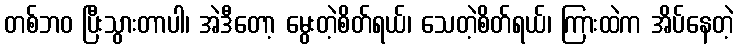
တစ်ဘဝ ပြီးသွားတာပါ၊ အဲဒီတော့ မွေးတဲ့စိတ်ရယ်၊ သေတဲ့စိတ်ရယ်၊ ကြားထဲက အိပ်နေတဲ့